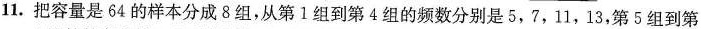
11.把容量是64的样本分成8组，从第1组到第4组的频数分别是5，7，11，13，第5组到第